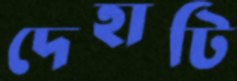
দেহাটি